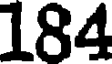
184